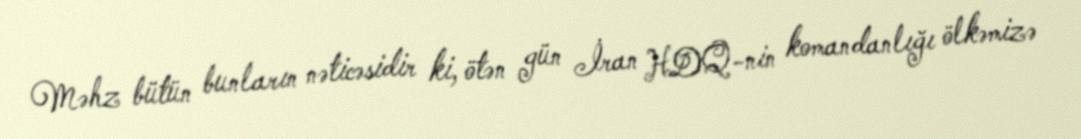
Məhz bütün bunların nəticəsidir ki, ötən gün İran HDQ-nin komandanlığı ölkəmizə